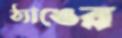
ঠ্যাঙের